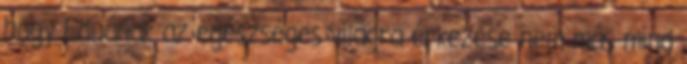
hogy Eduának az egészséges világra érkezése nem más mind